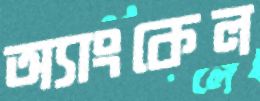
অ্যাংকেল